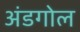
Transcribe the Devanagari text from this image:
अंडगोल